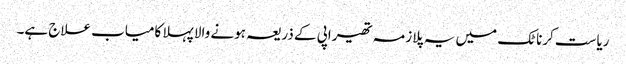
ریاست کرناٹک میں یہ پلازمہ تھیراپی کے ذریعہ ہونے والا پہلا کامیاب علاج ہے۔